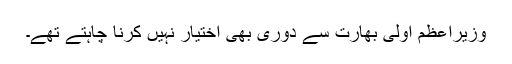
وزیراعظم اولی بھارت سے دوری بھی اختیار نہیں کرنا چاہتے تھے۔